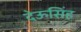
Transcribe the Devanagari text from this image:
देऊसिंह